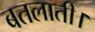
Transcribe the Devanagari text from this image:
बतलाती।